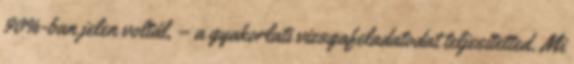
90%-ban jelen voltál, – a gyakorlati vizsgafeladatodat teljesítetted. Mi